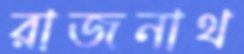
রাজনাথ